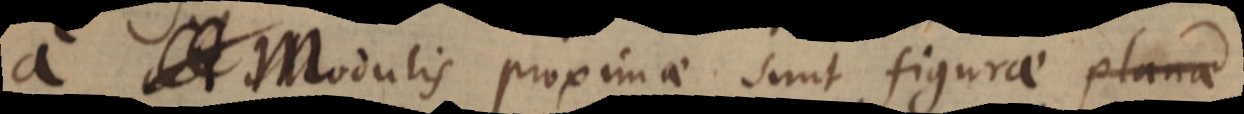
A Modulis proximae sunt figurae planae